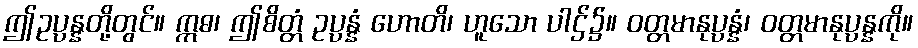
ဤဥပ္ပန္နတို့တွင်။ ဣဓ၊ ဤစိတ္တံ ဥပ္ပန္နံ ဟောတိ၊ ဟူသော ပါဌ်၌။ ဝတ္တမာနုပ္ပန္နံ၊ ဝတ္တမာနုပ္ပန္နကို။